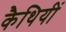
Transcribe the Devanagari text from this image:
कैथियीं